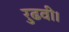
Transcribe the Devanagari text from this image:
रुढवी।